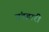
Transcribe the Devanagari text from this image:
बंडहारी